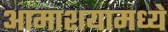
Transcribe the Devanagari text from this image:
आमाशयामध्ये